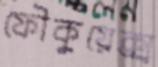
ফৌকুয়েক্স